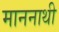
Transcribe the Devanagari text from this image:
माननाथी